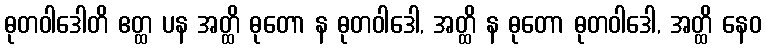
ဓုတဝါဒေါတိ ဧတ္ထ ပန အတ္ထိ ဓုတော န ဓုတဝါဒေါ, အတ္ထိ န ဓုတော ဓုတဝါဒေါ, အတ္ထိ နေဝ